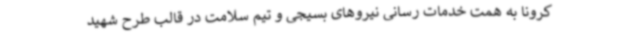
کرونا به همت خدمات رسانی نیروهای بسیجی و تیم سلامت در قالب طرح شهید